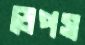
ডেপস